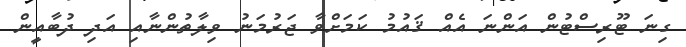
ގިނަ ޓޫރިސްޓުން އަންނަ އެއް ޤައުމު ކަމަށްވާ ޖަރުމަނު ވިލާތުންނާއި އަދި ދުބާއީން